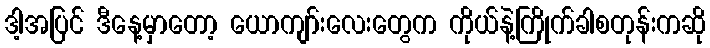
ဒါ့အပြင် ဒီနေ့မှာတော့ ယောကျာ်းလေးတွေက ကိုယ်နဲ့ကြိုက်ခါစတုန်းကဆို